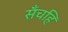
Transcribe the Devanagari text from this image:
सँचहि